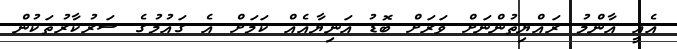
އެއީ އާންމު ރައްޔިތުންނަށް ވަރަށް ބޮޑު އަނިޔާއެއް ކަމަށް އެ ގައުމުގެ ސަރުކާރުތަކުން